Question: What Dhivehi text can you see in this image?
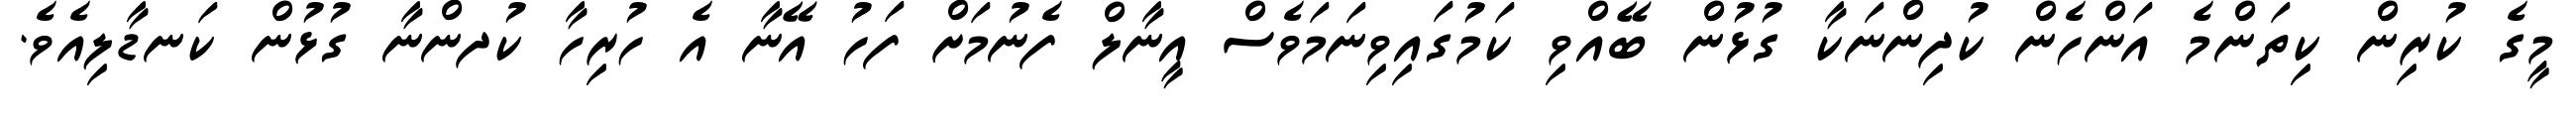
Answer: މީގެ ކުރިން ކިތަންމެ އަންހެން ކުދިންނަކާ ގުޅުން ބޭއްވި ކަމުގައިވިނަމަވެސް އީނާލް ފެނުމަށް ފަހު އޭނާ އެ ހުރިހާ ކުދންނާ ގުޅުން ކަނޑާލިއެވެ.